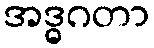
အဒ္ဓဂတာ